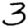
Digit: 3